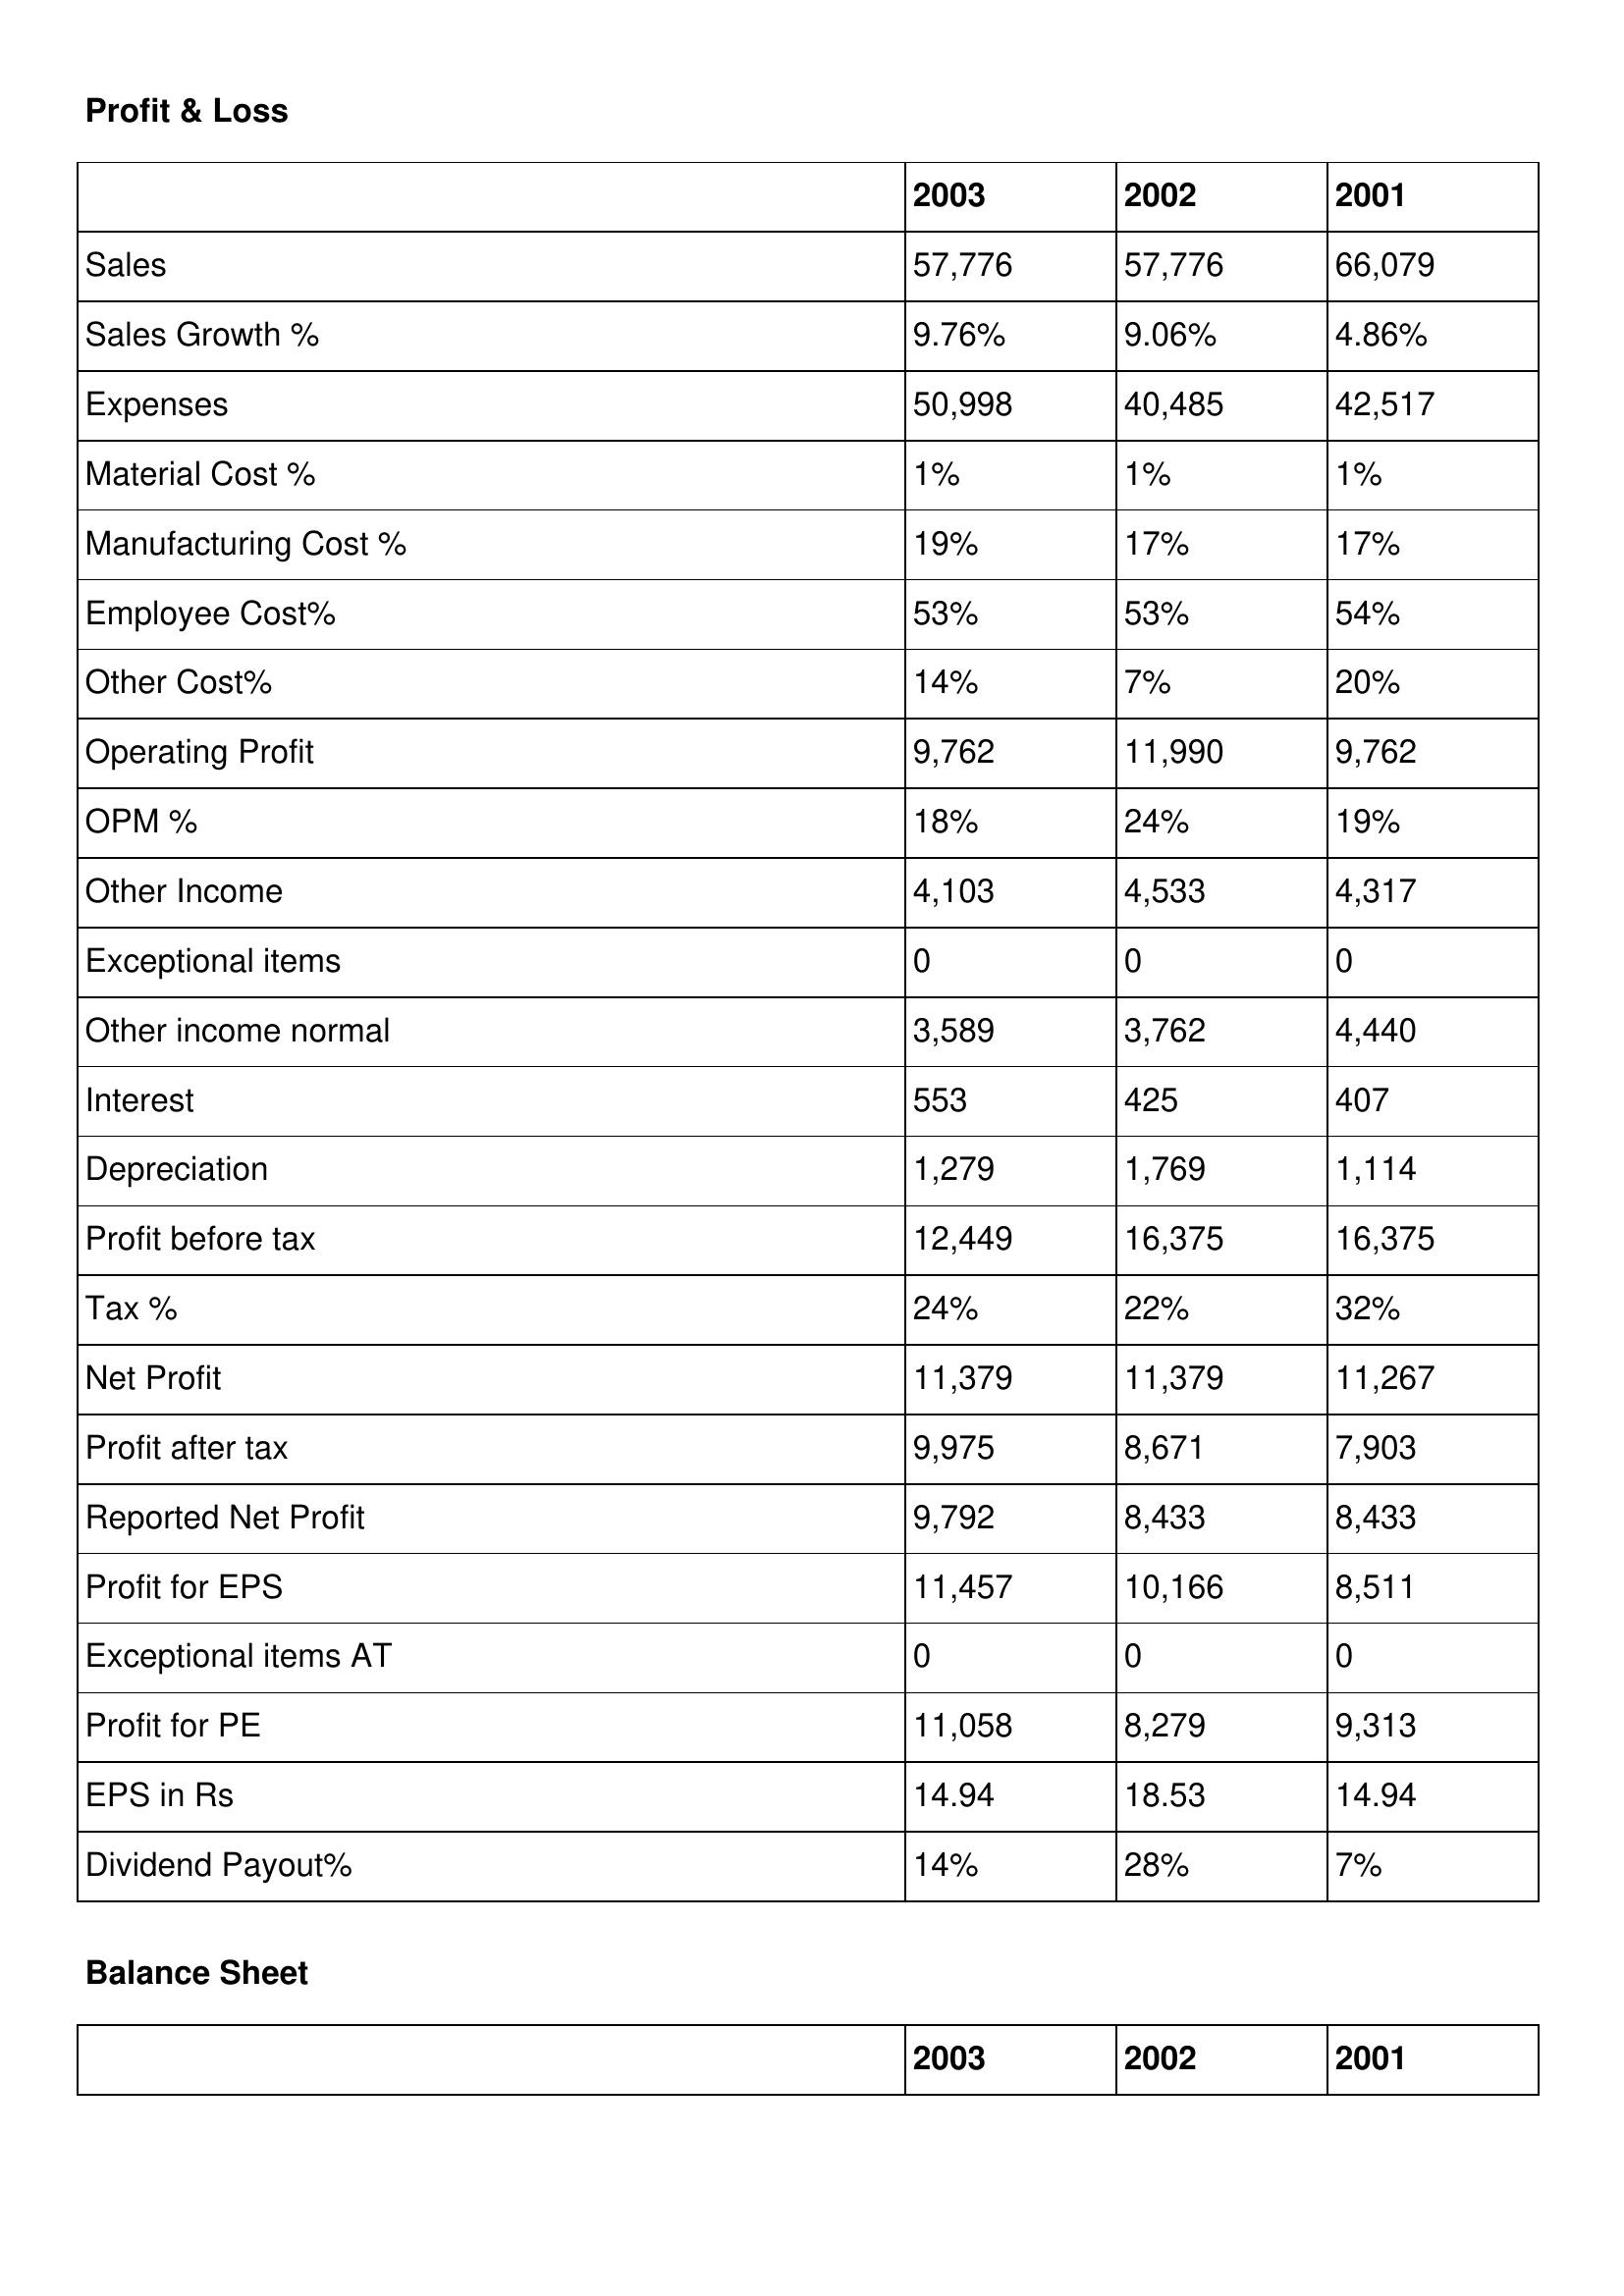
gt_parse: 2003: Profit & Loss: Sales: 57,776
Sales Growth %: 9.76%
Expenses: 50,998
Material Cost %: 1%
Manufacturing Cost %: 19%
Employee Cost%: 53%
Other Cost%: 14%
Operating Profit: 9,762
OPM %: 18%
Other Income: 4,103
Exceptional items: 0
Other income normal: 3,589
Interest: 553
Depreciation: 1,279
Profit before tax: 12,449
Tax %: 24%
Net Profit: 11,379
Profit after tax: 9,975
Reported Net Profit: 9,792
Profit for EPS: 11,457
Exceptional items AT: 0
Profit for PE: 11,058
EPS in Rs: 14.94
Dividend Payout%: 14%
2002: Profit & Loss: Sales: 57,776
Sales Growth %: 9.06%
Expenses: 40,485
Material Cost %: 1%
Manufacturing Cost %: 17%
Employee Cost%: 53%
Other Cost%: 7%
Operating Profit: 11,990
OPM %: 24%
Other Income: 4,533
Exceptional items: 0
Other income normal: 3,762
Interest: 425
Depreciation: 1,769
Profit before tax: 16,375
Tax %: 22%
Net Profit: 11,379
Profit after tax: 8,671
Reported Net Profit: 8,433
Profit for EPS: 10,166
Exceptional items AT: 0
Profit for PE: 8,279
EPS in Rs: 18.53
Dividend Payout%: 28%
2001: Profit & Loss: Sales: 66,079
Sales Growth %: 4.86%
Expenses: 42,517
Material Cost %: 1%
Manufacturing Cost %: 17%
Employee Cost%: 54%
Other Cost%: 20%
Operating Profit: 9,762
OPM %: 19%
Other Income: 4,317
Exceptional items: 0
Other income normal: 4,440
Interest: 407
Depreciation: 1,114
Profit before tax: 16,375
Tax %: 32%
Net Profit: 11,267
Profit after tax: 7,903
Reported Net Profit: 8,433
Profit for EPS: 8,511
Exceptional items AT: 0
Profit for PE: 9,313
EPS in Rs: 14.94
Dividend Payout%: 7%